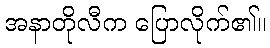
အနာတိုလီက ပြောလိုက်၏။